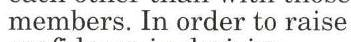
members. In order to raise